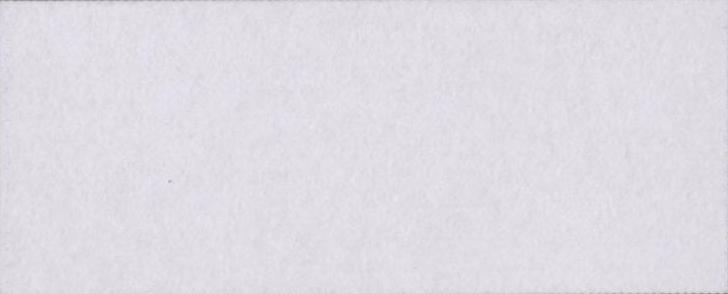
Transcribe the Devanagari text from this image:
आरोप